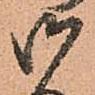
御